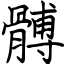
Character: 髆